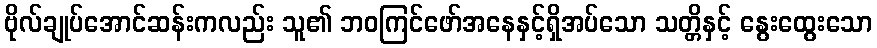
ဗိုလ်ချုပ်အောင်ဆန်းကလည်း သူ၏ ဘဝကြင်ဖော်အနေနှင့်ရှိအပ်သော သတ္တိနှင့် နွေးထွေးသော